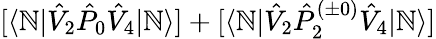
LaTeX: [\langle\mathbb{N}|\hat{{V}}_{2}\hat{{P}}_{0}\hat{{V}}_{4}|\mathbb{N}\rangle]+[\langle\mathbb{N}|\hat{{V}}_{2}\hat{{P}}_{2}^{(\pm0)}\hat{{V}}_{4}|\mathbb{N}\rangle]